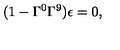
( 1 - \Gamma ^ { 0 } \Gamma ^ { 9 } ) \epsilon = 0 ,